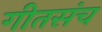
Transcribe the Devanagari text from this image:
गीतसंच